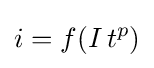
i=f(I\,t^{p})